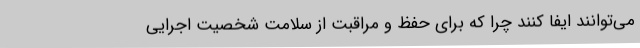
می‌توانند ایفا کنند چرا که برای حفظ و مراقبت از سلامت شخصیت اجرایی